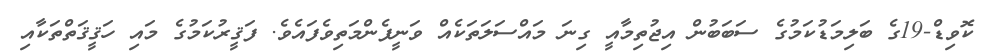
ކޮވިޑް-19ގެ ބަލިމަޑުކަމުގެ ސަބަބުން އިޖުތިމާއީ ގިނަ މައްސަލަތަކެއް ވަނީފެންމަތިވެފައެވެ. ފަޤީރުކަމުގެ މައި ހަޤީޤަތްތަކާއި